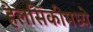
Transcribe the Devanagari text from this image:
हेलसिंकीमध्ये